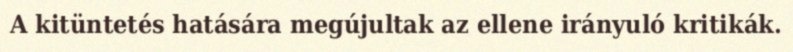
A kitüntetés hatására megújultak az ellene irányuló kritikák.